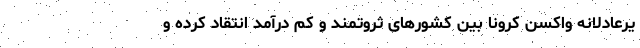
یرعادلانه واکسن کرونا بین کشورهای ثروتمند و کم درآمد انتقاد کرده و